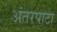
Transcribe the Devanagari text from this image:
अंतरपाटा